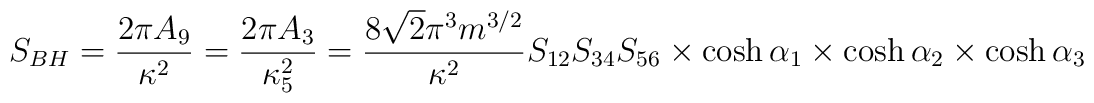
S_{BH} = \frac{2\pi A_9}{\kappa^2} = \frac{2\pi A_3}{\kappa^2_5}= \frac{8\sqrt{2}\pi^3m^{3/2}}{\kappa^2} S_{12}S_{34}S_{56} \times\cosh\alpha_1 \times \cosh \alpha_2 \times \cosh \alpha_3